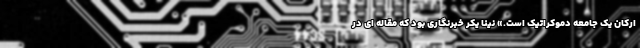
ارکان یک جامعه دموکراتیک است.» نینا یکر خبرنگاری بود که مقاله ای در